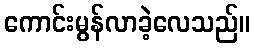
ကောင်းမွန်လာခဲ့လေသည်။